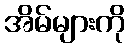
အိမ်များကို